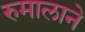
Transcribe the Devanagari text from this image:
रुमालाने